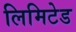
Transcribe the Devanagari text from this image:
लिमिटेड